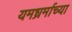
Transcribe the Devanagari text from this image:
यमध्रर्माच्या